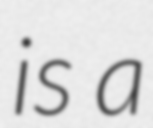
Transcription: is a